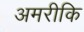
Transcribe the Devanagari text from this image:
अमरीकि